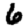
Digit: 6